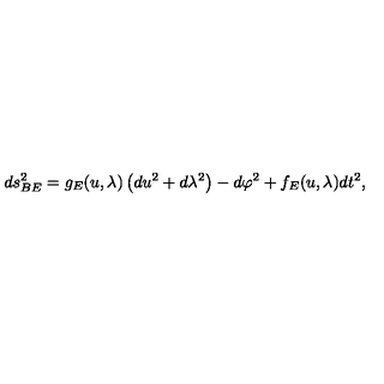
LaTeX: d s _ { B E } ^ { 2 } = g _ { E } ( u , \lambda ) \left( d u ^ { 2 } + d \lambda ^ { 2 } \right) - d \varphi ^ { 2 } + f _ { E } ( u , \lambda ) d t ^ { 2 } ,